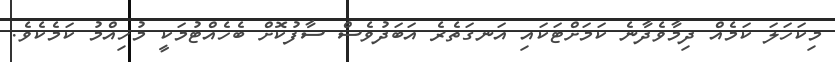
މިކަހަލަ ކަމެއް ދިމާވެދާނެ ކަމަށްޓަކައި އަނގަތެރެ އަބަދުވެސް ސާފުކޮށް ބެހެއްޓުމަކީ މުހިއްމު ކަމެކެވެ.